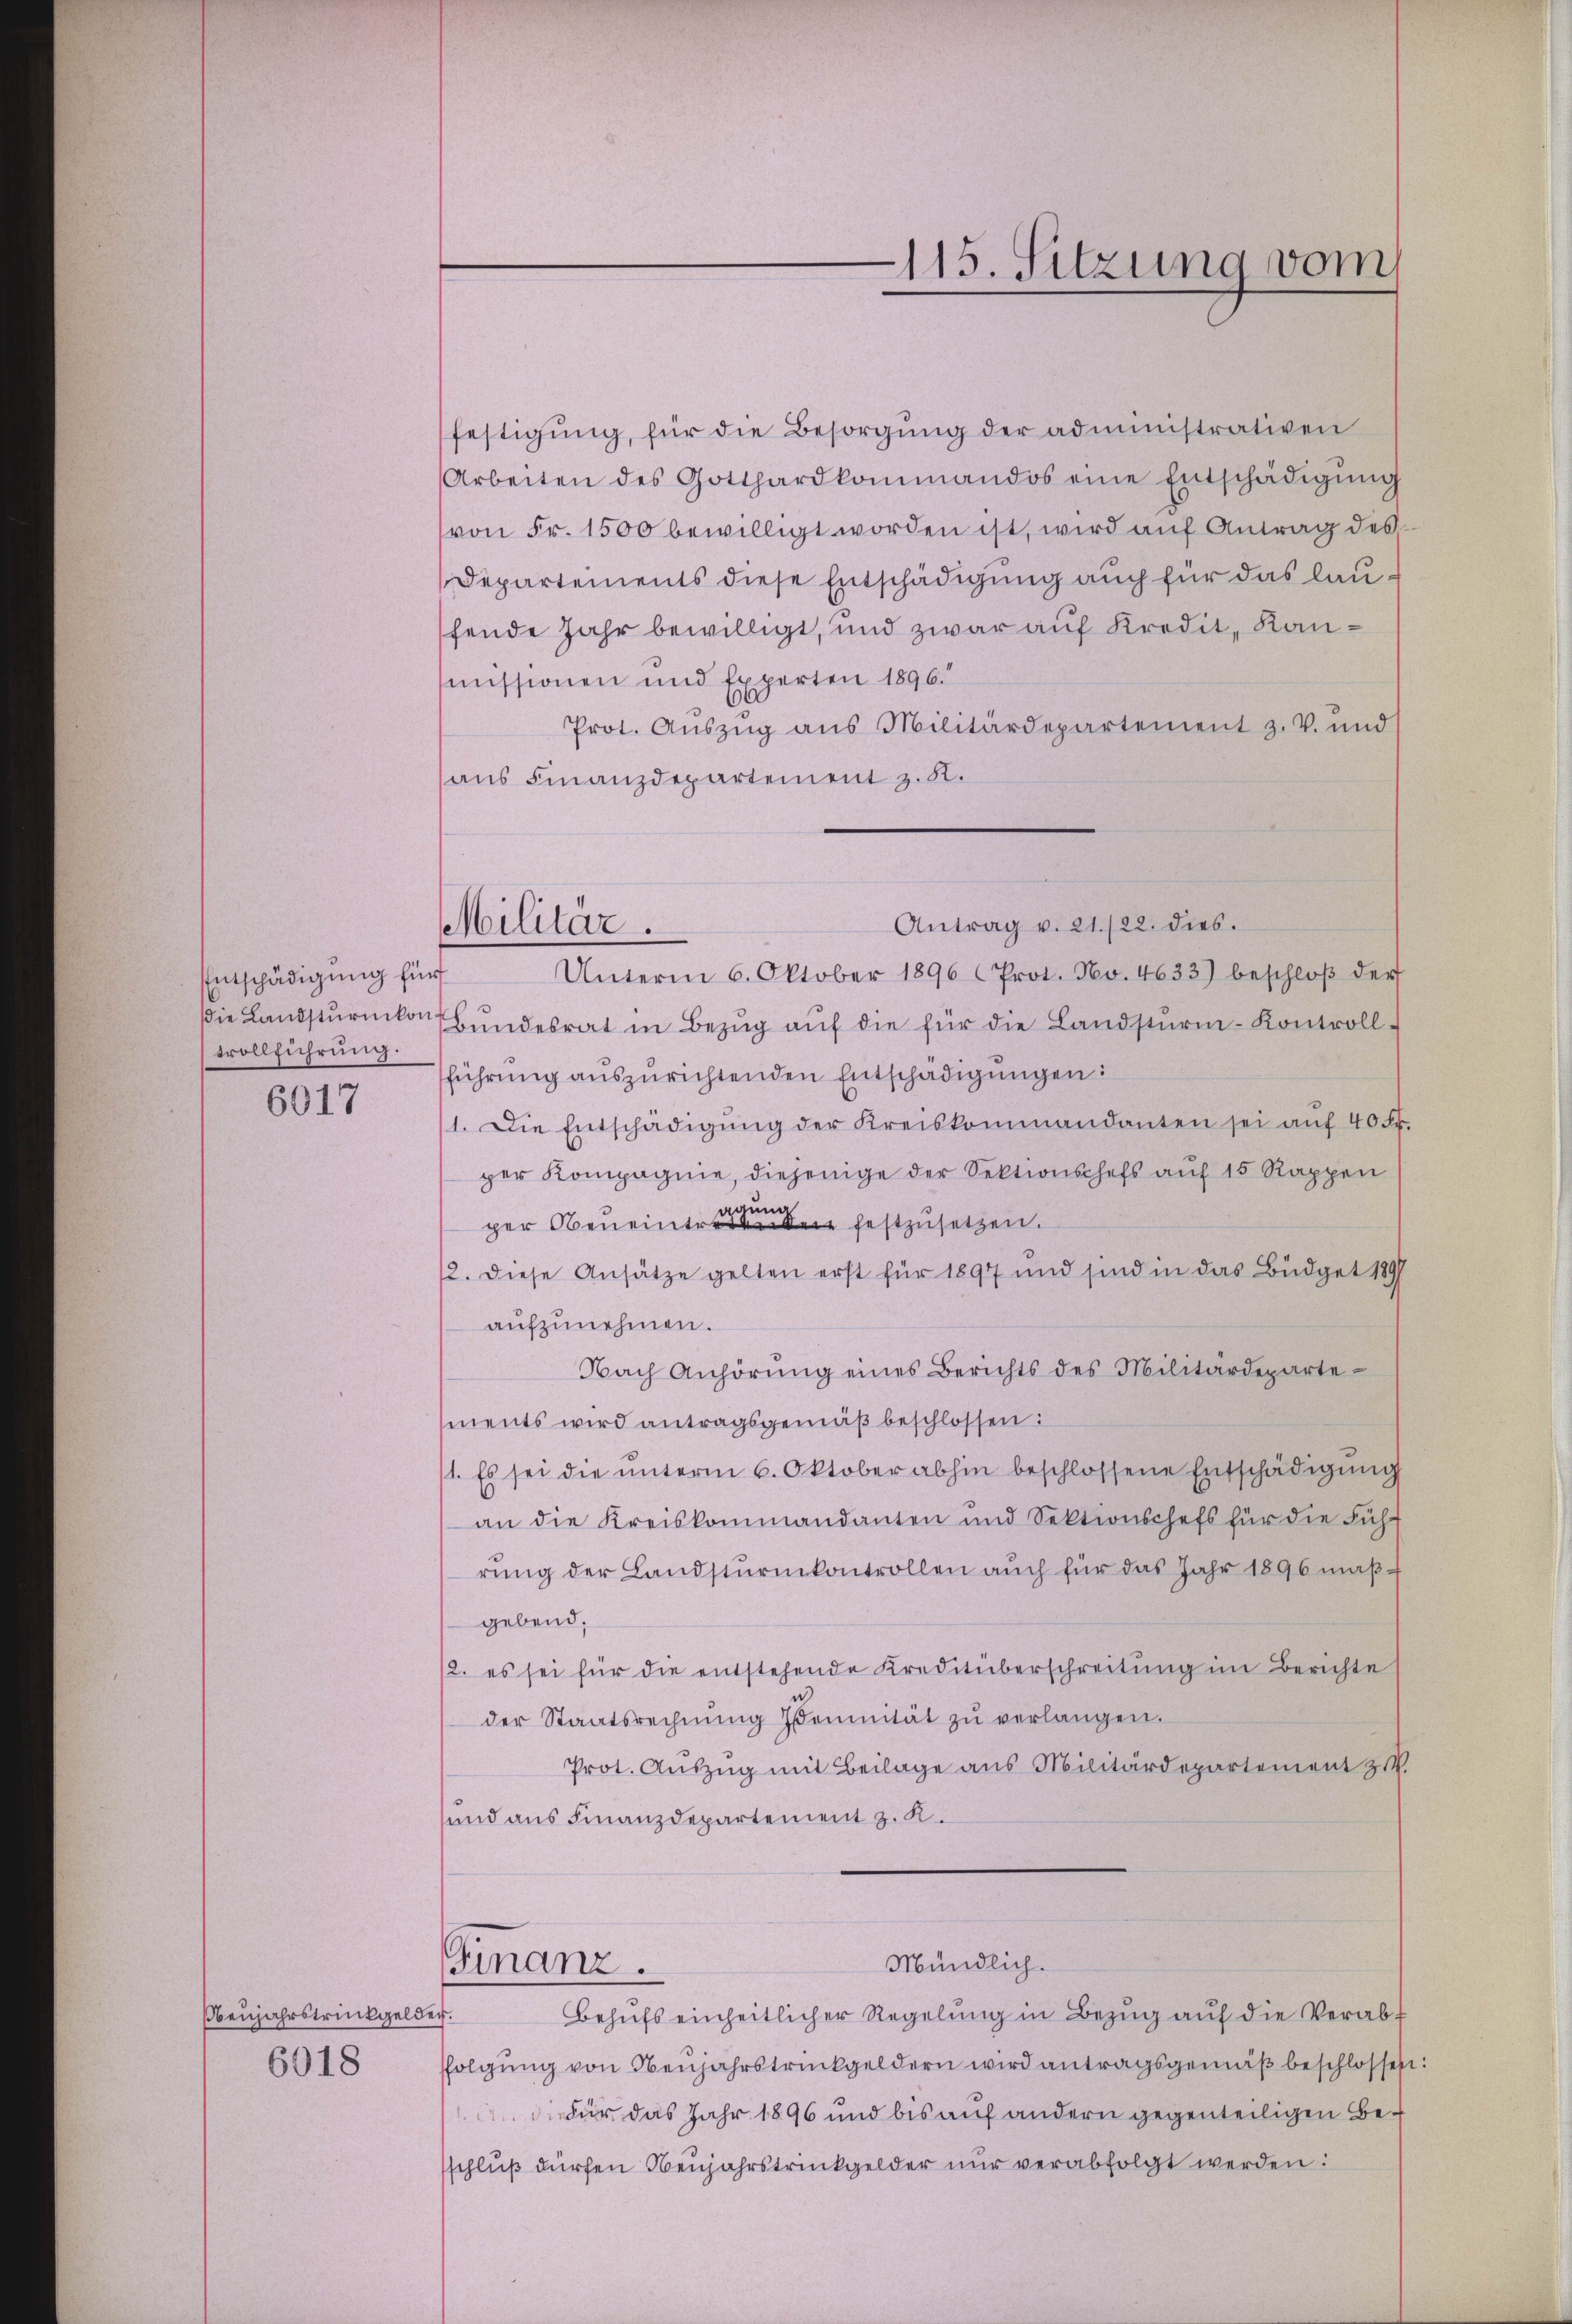
Enntschädigung für
trollführung.
6017

Oenjahrstrückgelder.
6018

Militär.

festigŭng, für die Besorgŭng der administrativen
Arbeiten des Gotthardkommandos eine Entschädigŭng
(von Fr. 1500 bewilligt worden ist, wird auf Antrag des
Departements diese Entschädigung auch für das laufende Jahr bewilligt, und zwar auf Kredit, Kanmissionen und Experten 1896.
Prot. Auszug aus Militärdepartement z. V. und
aus Finanzdepartement z. B.
Antrag v. 21./22. dies.
Unterm 6. Oktober 1896 (Prot. No. 4633) beschloß der
die Landstŭrikon Bŭndesrat in Bezŭg aŭf die für die Landsturm-Kontroll-
führŭng aŭszŭrichtenden Entschädigŭngen:
1. Die Entschädigŭng der Kreiskommandanten sei aŭf 40 Fr.
per Kompagnie, diejenige der Sektionschefs auf 15 Rappen
per Obereintre festzusetzen.
12. Diese Ansätze gelten erst für 1897 und sind in das Büdget 1897
aŭfzŭnehmen.
Nach Anhörŭng eines Berichts des Militärdeparte-
ments wird antragsgemäß beschlossen:
1. Es sei die ŭnterm 6. Oktober abhin beschlossene Entschädigŭng
an die Kreiskommandanten und Sektionschefs für die Führung der Landsturmkontrollen auch für das Jahr 1896 maßgebend.
/2. es sei für die entstehende Kreditüberschreitŭng im Berichte
der Staatsrechnŭng Jennität zŭ verlangen.
Prot. Auszug mit Beilage aus Militärdepartement zw
sund aus Finanzdepartement z. K.
Mündlich.
Finanz.
Behŭfs einheitlicher Regelung in Bezug auf die Verabt
ffolgŭng von Neŭjahrstrinkgeldern wird antragsgemäβ beschlossen:
Für das Jahr 1896 und bis auf andern gegenteiligen Besschluß dürfen Neujahrstrinkgelder nur verabfolgt werden:

115. Sitzung vom